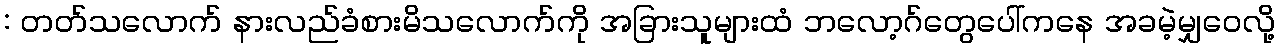
: တတ်သလောက် နားလည်ခံစားမိသလောက်ကို အခြားသူများထံ ဘလော့ဂ်တွေပေါ်ကနေ အခမဲ့မျှဝေလို့